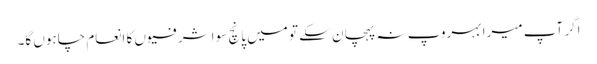
اگر آپ میرا بہروپ نہ پہچان سکے تو میں پانچ سو اشرفیوں کا انعام چاہوں گا۔